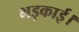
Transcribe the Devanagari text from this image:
भड़काई।